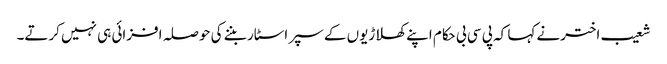
شعیب اخترنے کہا کہ پی سی بی حکام اپنے کھلاڑیوں کے سپر اسٹار بننے کی حوصلہ افزائی ہی نہیں کرتے۔